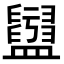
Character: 𥃖